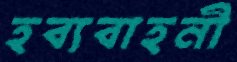
হব্যবাহনী